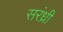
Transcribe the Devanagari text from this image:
सरंध्री